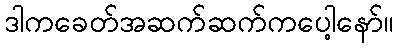
ဒါကခေတ်အဆက်ဆက်ကပေါ့နော်။